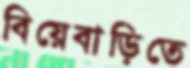
বিয়েবাড়িতে